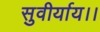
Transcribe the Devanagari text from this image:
सुवीर्याय।।